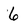
Character: 6